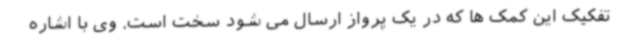
تفکیک این کمک ها که در یک پرواز ارسال می شود سخت است. وی با اشاره